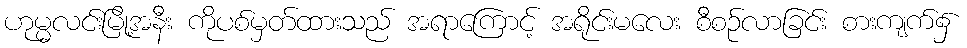
ဟုမ္မလင်းမြို့အနီး ကိုပစ်မှတ်ထားသည် အရာကြောင့် အရိုင်းမလေး စီစဉ်လာခြင်း စားကျက်၌